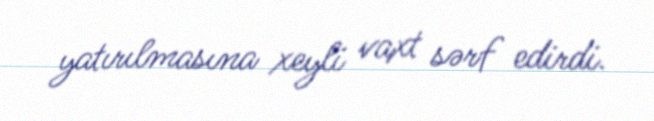
yatırılmasına xeyli vaxt sərf edirdi.